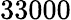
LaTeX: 33000